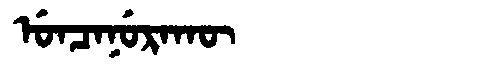
Manchu: ᡠᠨᠴᠠᠨᡠᡵᠠᡴᡡ
Romanization: UNCANURAKŪ